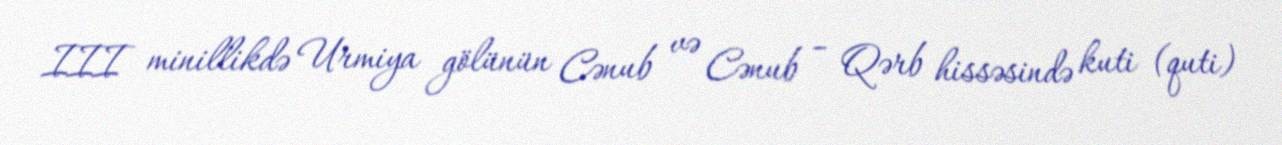
III minillikdə Urmiya gölünün Cənub və Cənub – Qərb hissəsində kuti (quti)